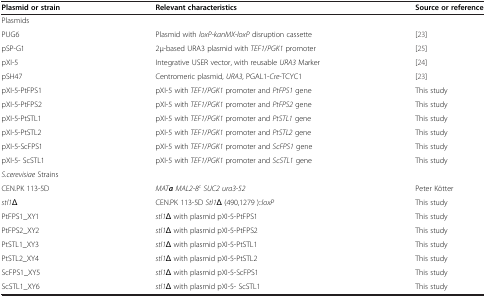
<table><thead><tr><td><b>Plasmid or strain</b></td><td><b>Relevant characteristics</b></td><td><b>Source or reference</b></td></tr></thead><tbody><tr><td>Plasmids</td><td> </td><td> </td></tr><tr><td>PUG6</td><td>Plasmid with <i>loxP-kanMX-loxP</i> disruption cassette</td><td>[23]</td></tr><tr><td>pSP-G1</td><td>2μ-based URA3 plasmid with <i>TEF1</i>/<i>PGK1</i> promoter</td><td>[25]</td></tr><tr><td>pXI-5</td><td>Integrative USER vector, with reusable <i>URA3</i> Marker</td><td>[24]</td></tr><tr><td>pSH47</td><td>Centromeric plasmid, <i>URA3</i>, PGAL1-<i>Cre-</i>TCYC1</td><td>[23]</td></tr><tr><td>pXI-5-PtFPS1</td><td>pXI-5 with <i>TEF1</i>/<i>PGK1</i> promoter and <i>PtFPS1</i> gene</td><td>This study</td></tr><tr><td>pXI-5-PtFPS2</td><td>pXI-5 with <i>TEF1</i>/<i>PGK1</i> promoter and <i>PtFPS2</i> gene</td><td>This study</td></tr><tr><td>pXI-5-PtSTL1</td><td>pXI-5 with <i>TEF1</i>/<i>PGK1</i> promoter and <i>PtSTL1</i> gene</td><td>This study</td></tr><tr><td>pXI-5-PtSTL2</td><td>pXI-5 with <i>TEF1</i>/<i>PGK1</i> promoter and <i>PtSTL2</i> gene</td><td>This study</td></tr><tr><td>pXI-5-ScFPS1</td><td>pXI-5 with <i>TEF1</i>/<i>PGK1</i> promoter and <i>ScFPS1</i> gene</td><td>This study</td></tr><tr><td>pXI-5- ScSTL1</td><td>pXI-5 with <i>TEF1</i>/<i>PGK1</i> promoter and <i>ScSTL1</i> gene</td><td>This study</td></tr><tr><td><i>S.cerevisiae</i> Strains</td><td> </td><td> </td></tr><tr><td>CEN.PK 113-5D</td><td><i>MAT</i><b><i>a</i></b><i>MAL2-8</i><sup><i>c</i></sup><i>SUC2 ura3-52</i></td><td>Peter Kötter</td></tr><tr><td><i>stl1Δ</i></td><td>CEN.PK 113-5D <i>Stl1</i>Δ (490,1279 )::<i>loxP</i></td><td>This study</td></tr><tr><td>PtFPS1_XY1</td><td><i>stl1Δ</i> with plasmid pXI-5-PtFPS1</td><td>This study</td></tr><tr><td>PtFPS2_XY2</td><td><i>stl1Δ</i> with plasmid pXI-5-PtFPS2</td><td>This study</td></tr><tr><td>PtSTL1_XY3</td><td><i>stl1Δ</i> with plasmid pXI-5-PtSTL1</td><td>This study</td></tr><tr><td>PtSTL2_XY4</td><td><i>stl1Δ</i> with plasmid pXI-5-PtSTL2</td><td>This study</td></tr><tr><td>ScFPS1_XY5</td><td><i>stl1Δ</i> with plasmid pXI-5-ScFPS1</td><td>This study</td></tr><tr><td>ScSTL1_XY6</td><td><i>stl1Δ</i> with plasmid pXI-5- ScSTL1</td><td>This study</td></tr></tbody></table>